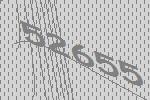
52655